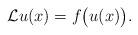
LaTeX: \begin{align*}{\mathcal{L}} u(x) = f\big(u(x)\big).\end{align*}